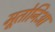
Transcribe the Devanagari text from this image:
मूतोनिआ